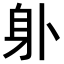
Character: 𨈒